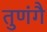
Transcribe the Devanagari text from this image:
तुणंगै